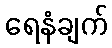
ရေနံချက်